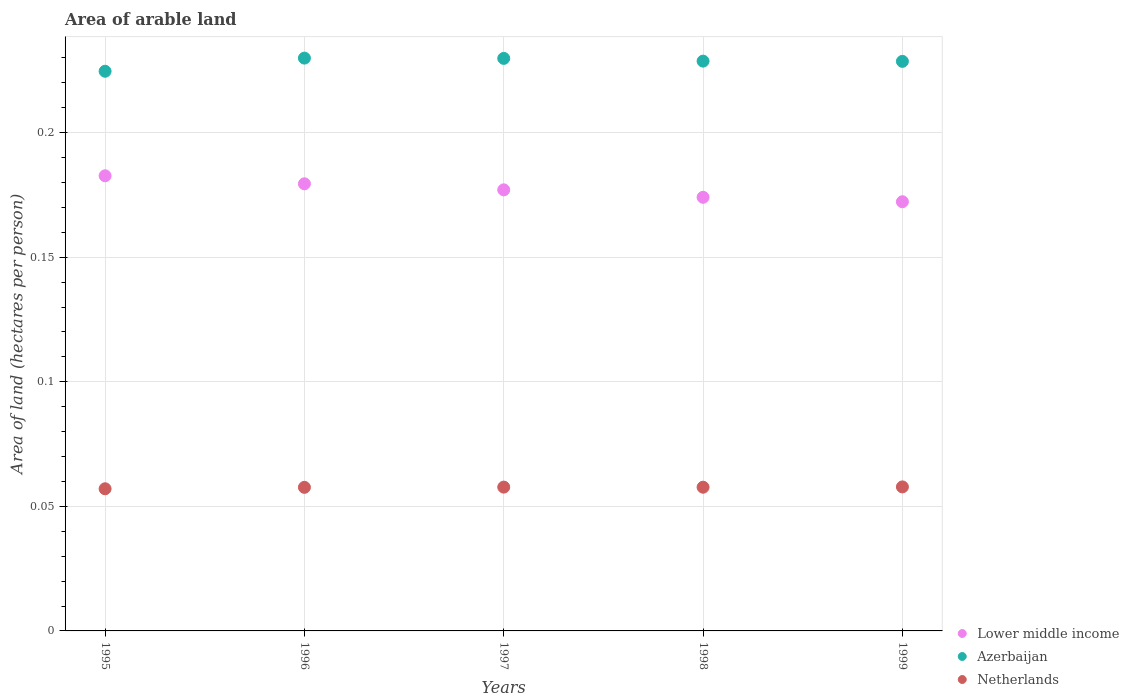
| Years | Lower middle income | Azerbaijan | Netherlands |
 | --- | --- | --- | --- |
 | 1995 | 0.183 | 0.225 | 0.0571 |
 | 1996 | 0.179 | 0.23 | 0.0576 |
 | 1997 | 0.177 | 0.23 | 0.0577 |
 | 1998 | 0.174 | 0.229 | 0.0577 |
 | 1999 | 0.172 | 0.229 | 0.0578 |